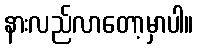
နားလည်လာတော့မှာပါ။